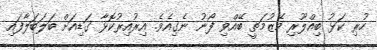
ހުރި ކަޅު ބިއްލޫރި މޭޒުމަތީ ބޭއްވި ފޯނު ނެގިއެވެ. އިރުއިރުކޮޅާ ގަޑިއަށް ބަލަބަލާފައި